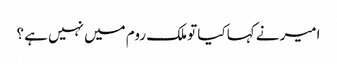
امیر نے کہا کیا تو ملک روم میں نہیں ہے ؟